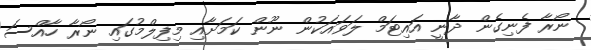
ނޯރާ ފެނިގެން ދާނީ އައިޓަމް ލަވައަކުން ނޫން ކަމަށާއި މިފިލްމުގައި ނޯރާ ހާއްސަ